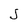
Character: J